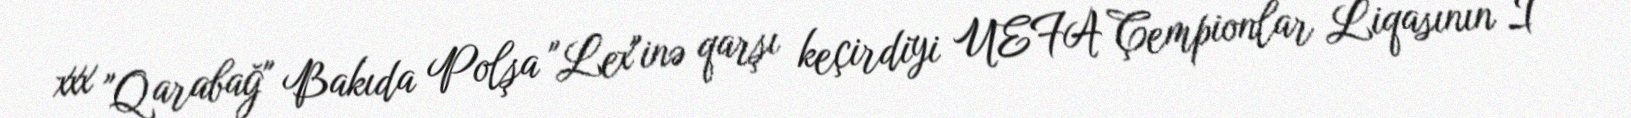
xxx "Qarabağ" Bakıda Polşa "Lex"inə qarşı keçirdiyi UEFA Çempionlar Liqasının I